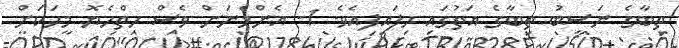
ތިބާގެ ނަސީބު ތިބާގެ އަތުގައި ހިފައިފިއެވެ. 1- އެންމެނަށް ވެސް ހިތްހެޔޮ މީހަކަށް